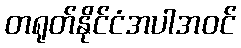
တရုတ်နိုင်ငံအပါအဝင်